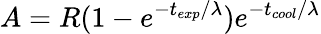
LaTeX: A=R(1-e^{-t_{exp}/\lambda})e^{-t_{cool}/\lambda}